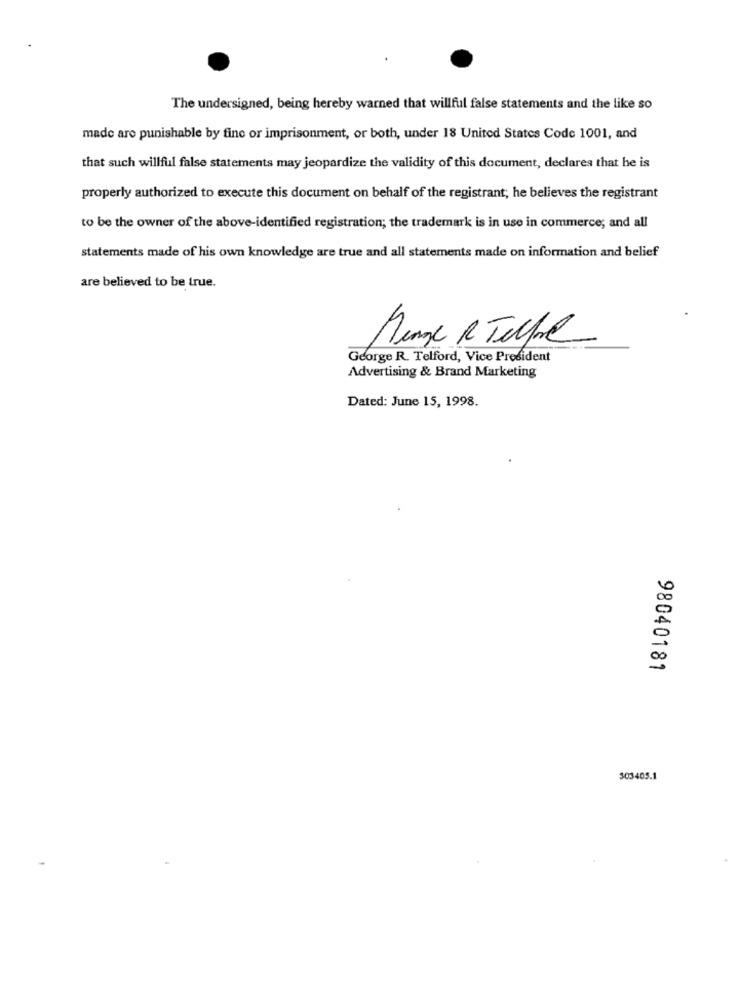
The undersigned, being hereby warned that willful false statements and the like so
made are punishable by fine or imprisonment, or both, under 18 United States Code 1001, and
that such willful false statements may jeopardize the validity of this document, declares that he is
properly authorized to execute this document on behalf of the registrant; he believes the registrant
to be the owner of the above-identified registration; the trademark is in use in commerce; and all
statements made of his own knowledge are true and all statements made on information and belief
are believed to be true.
George R. Telford, Vice President
Advertising & Brand Marketing
Dated: June 15, 1998.
98040181
303405.1